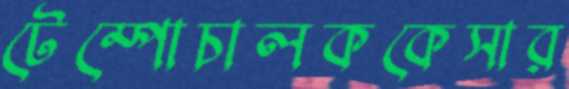
টেম্পোচালককেসার